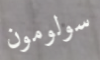
سولومون